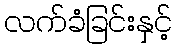
လက်ခံခြင်းနှင့်